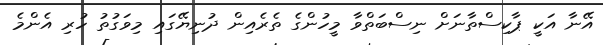
އޭނާ އަކީ ޕާކިސްތާނަށް ނިސްބަތްވާ މީހުންގެ ތެރެއިން ދުނިޔޭގައި މިވަގުތު ހުރި އެންމެ